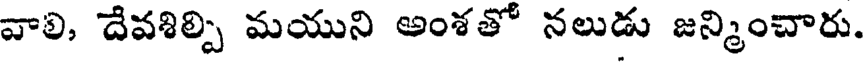
వాలి, దేవశిల్పి మయుని అంశతో నలుడు జన్మించారు.